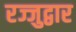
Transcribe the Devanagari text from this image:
रज्जुद्वार